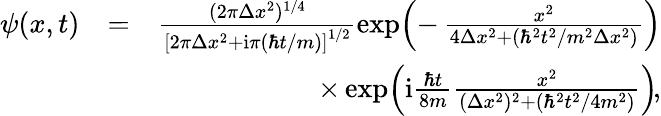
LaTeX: \begin{array}{rlr}{\psi(x,t)}&{=}&{\frac{(2\pi\Delta x^{2})^{1/4}}{\left[2\pi\Delta x^{2}+\mathrm{i}\pi(\hbar t/m)\right]^{1/2}}\exp\! \left(-\, \frac{x^{2}}{4\Delta x^{2}+(\hbar^{2}t^{2}/m^{2}\Delta x^{2})}\right)}\\ &{}&{\times\exp\! \left(\mathrm{i}\frac{\hbar t}{8m}\frac{x^{2}}{(\Delta x^{2})^{2}+(\hbar^{2}t^{2}/4m^{2})}\right)\! ,}\end{array}